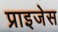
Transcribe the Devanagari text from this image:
प्राइजेस